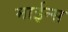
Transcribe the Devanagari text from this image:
माईन्स